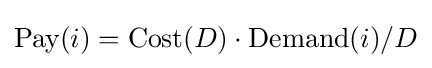
{\text{Pay}}(i)={\text{Cost}}(D)\cdot {\text{Demand}}(i)/D